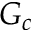
G _ { c }